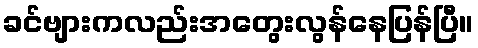
ခင်ဗျားကလည်းအတွေးလွန်နေပြန်ပြီ။